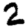
Digit: 2